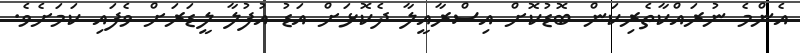
އެންމެ ނުރައްކާތެރިކަން ބޮޑުކޮށް އިސްރާއީލާ ދެކޮޅަށް އަޑު އުފުލާ ލީޑަރަށް ވެފައި ކަމަށެވެ.